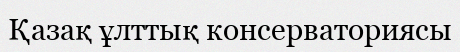
Қазақ ұлттық консерваториясы